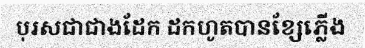
បុរសជាជាងដែក ដកហូតបានខ្សែភ្លើង